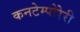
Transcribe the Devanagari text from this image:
कनटेम्पोरेरी